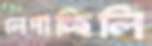
লেপাচ্ছিলি